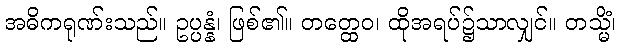
အဓိကရုဏ်းသည်။ ဥပ္ပန္နံ၊ ဖြစ်၏။ တတ္ထေဝ၊ ထိုအရပ်၌သာလျှင်။ တသ္မိံ၊